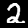
Label: 2